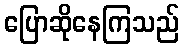
ပြောဆိုနေကြသည်